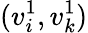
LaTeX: (v_{i}^{1},v_{k}^{1})